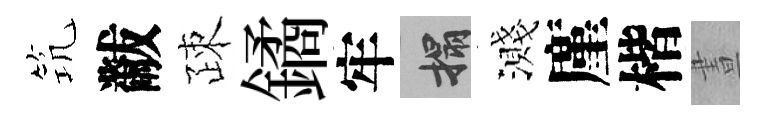
𥬑黻疎鐍牢搨濺廑楷晝